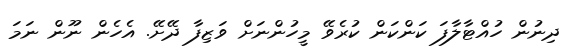
ދިނުން ހުއްޓާލާފަ ކަންކަން ކުރެވޭ މީހުންނަށް ވަޒިފާ ދޭށޭ. އެހެން ނޫން ނަމަ